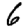
Digit: 6